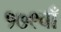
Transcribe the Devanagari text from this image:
१७९वाँ